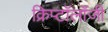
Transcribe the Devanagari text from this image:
क्रिप्टॉलॉजी